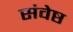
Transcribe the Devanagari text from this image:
संवेष्ठ